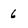
Character: 6